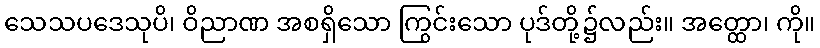
သေသပဒေသုပိ၊ ဝိညာဏ အစရှိသော ကြွင်းသော ပုဒ်တို့၌လည်း။ အတ္ထော၊ ကို။